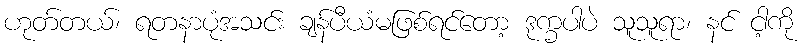
ဟုတ်တယ်၊ ရတနာပုံအသင်း ချန်ပီယံမဖြစ်ရင်တော့ ဒုက္ခပါပဲ သူသူရာ၊ နင် ငါ့ကို